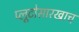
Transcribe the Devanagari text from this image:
प्लूटोसारखाच